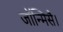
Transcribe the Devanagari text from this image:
जॉन्मिसै।